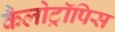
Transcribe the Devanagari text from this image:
कैलोट्रॉपिस